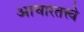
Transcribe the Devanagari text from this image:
आचारतत्त्वे